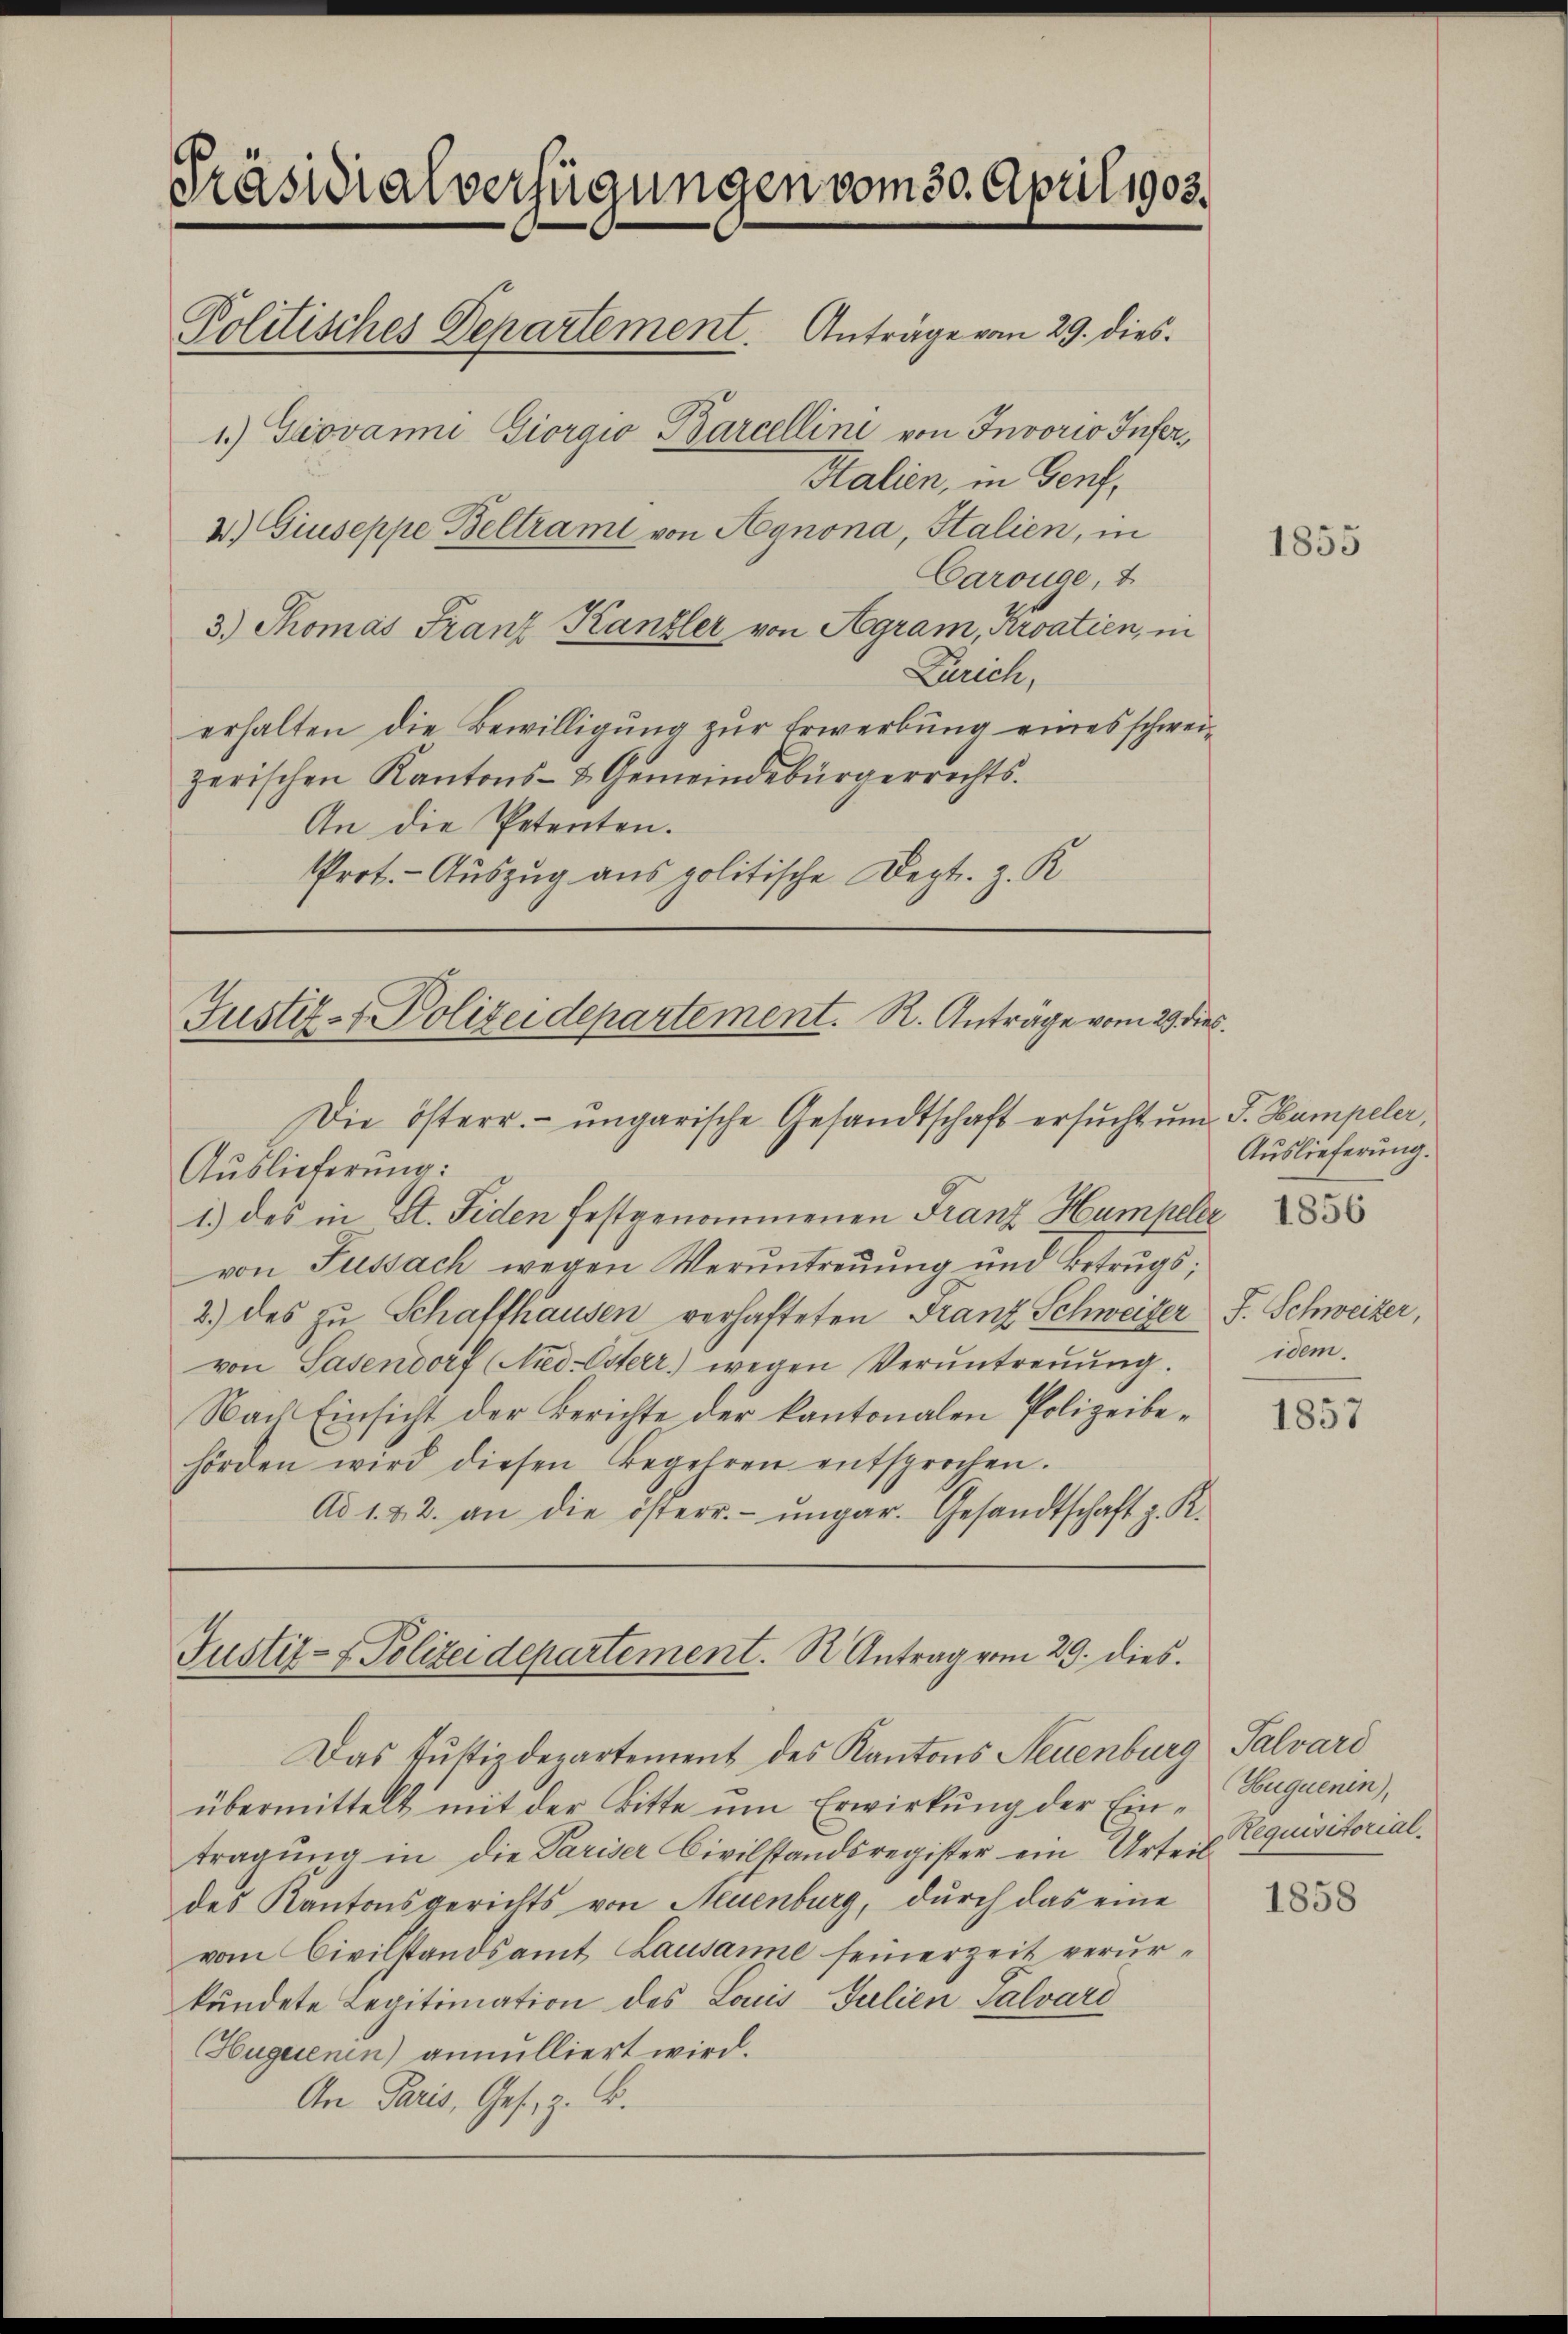
Präsidialverfügungen vom 30. April 1903.
Politisches Departement. Anträge vom 29. dies
1.) Giovanni Giorgio Barcellini von Invorio Infer¬
Stalien, in Genf,
2.) Giuseppe Beltrami von Agnona, Italien, in

Carouge, u
3.) Thomas Franz Kanzler von Agram, Kroatien, in
Zürich,
erhalten die Bewilligung zur Erwerbung eines schweizerischen Kantons- & Gemeindebürgerrechts.
An die Petenten.
Prot. - Auszug aus politische Dept. z. K.

Justiz- & Polizeidepartement. R. Anträge vom 29. dies
Die österr. ungarische Gesandtschaft ersŭcht ŭm F. Hampeler,
Auslieferung:

1.) des in St. Fiden festgenommenen Franz Humpeler 1835
von Fussach wegen Veruntreuung und Betrugs;
2.) des zu Schaffhausen verhafteten Franz Schweizer
von Sasendorf (Nied-Osterr.) wegen Veruntreŭŭng.
Nach Einsicht der Berichte der kantonalen Polizeibehörden wird diesen Begehren entsprochen.
Ad 1. 22. an die österr.- ŭngar. Gesandtschaft z. K.

Justiz- & Polizeidepartement. S Antrag vom 29. dies.

Das Justizdepartement des Kantons Neuenburg Salvard
übermittelt mit der Bitte um Erwirkung der Ein-Euguenin,
tragung in die Pariser Civilstandsregister ein Urteil
des Kantonsgerichts von Neuenburg, durch das eine
vom Civilstandsamt Lausanne seinerzeit verurkündete Legitimation des Louis Julien Salvari
Huguenin) annulliert wird.
An Paris, Ges. z. B.

1855

Auslieferung.

F. Schweizer,
idem.

1857

Requisitorial.

1858